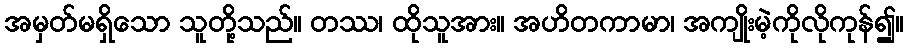
အမှတ်မရှိသော သူတို့သည်။ တဿ၊ ထိုသူအား။ အဟိတကာမာ၊ အကျိုးမဲ့ကိုလိုကုန်၍။